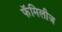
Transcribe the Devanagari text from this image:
फॅमिलीज